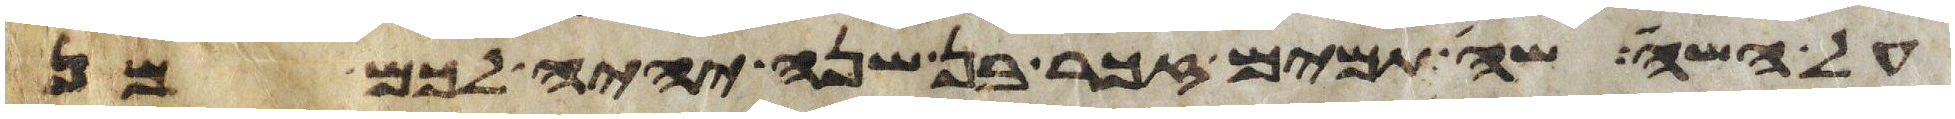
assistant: על השה שה תמים זכר בן שנה יהיה לכם מן